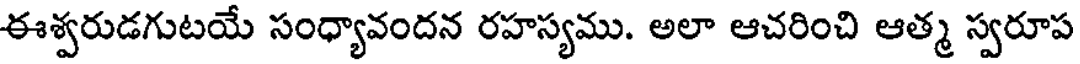
ఈశ్వరుడగుటయే సంధ్యావందన రహస్యము. అలా ఆచరించి ఆత్మ స్వరూప